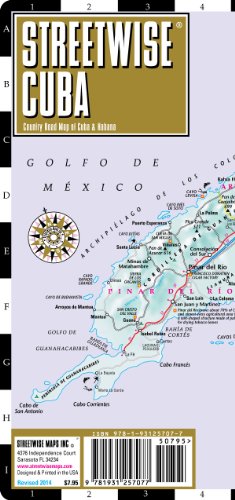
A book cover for Streetwise Cuba Map - Laminated Country Road Map of Cuba; Streetwise Maps; Reference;